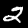
Label: 2